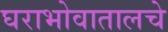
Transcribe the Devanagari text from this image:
घराभोवातालचे